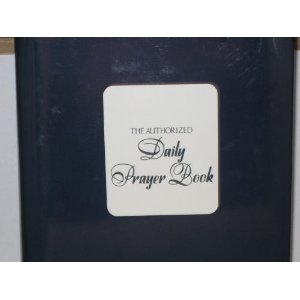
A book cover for Authorized Daily Prayer Book; Joseph H. Hertz; Religion & Spirituality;